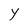
Character: Y